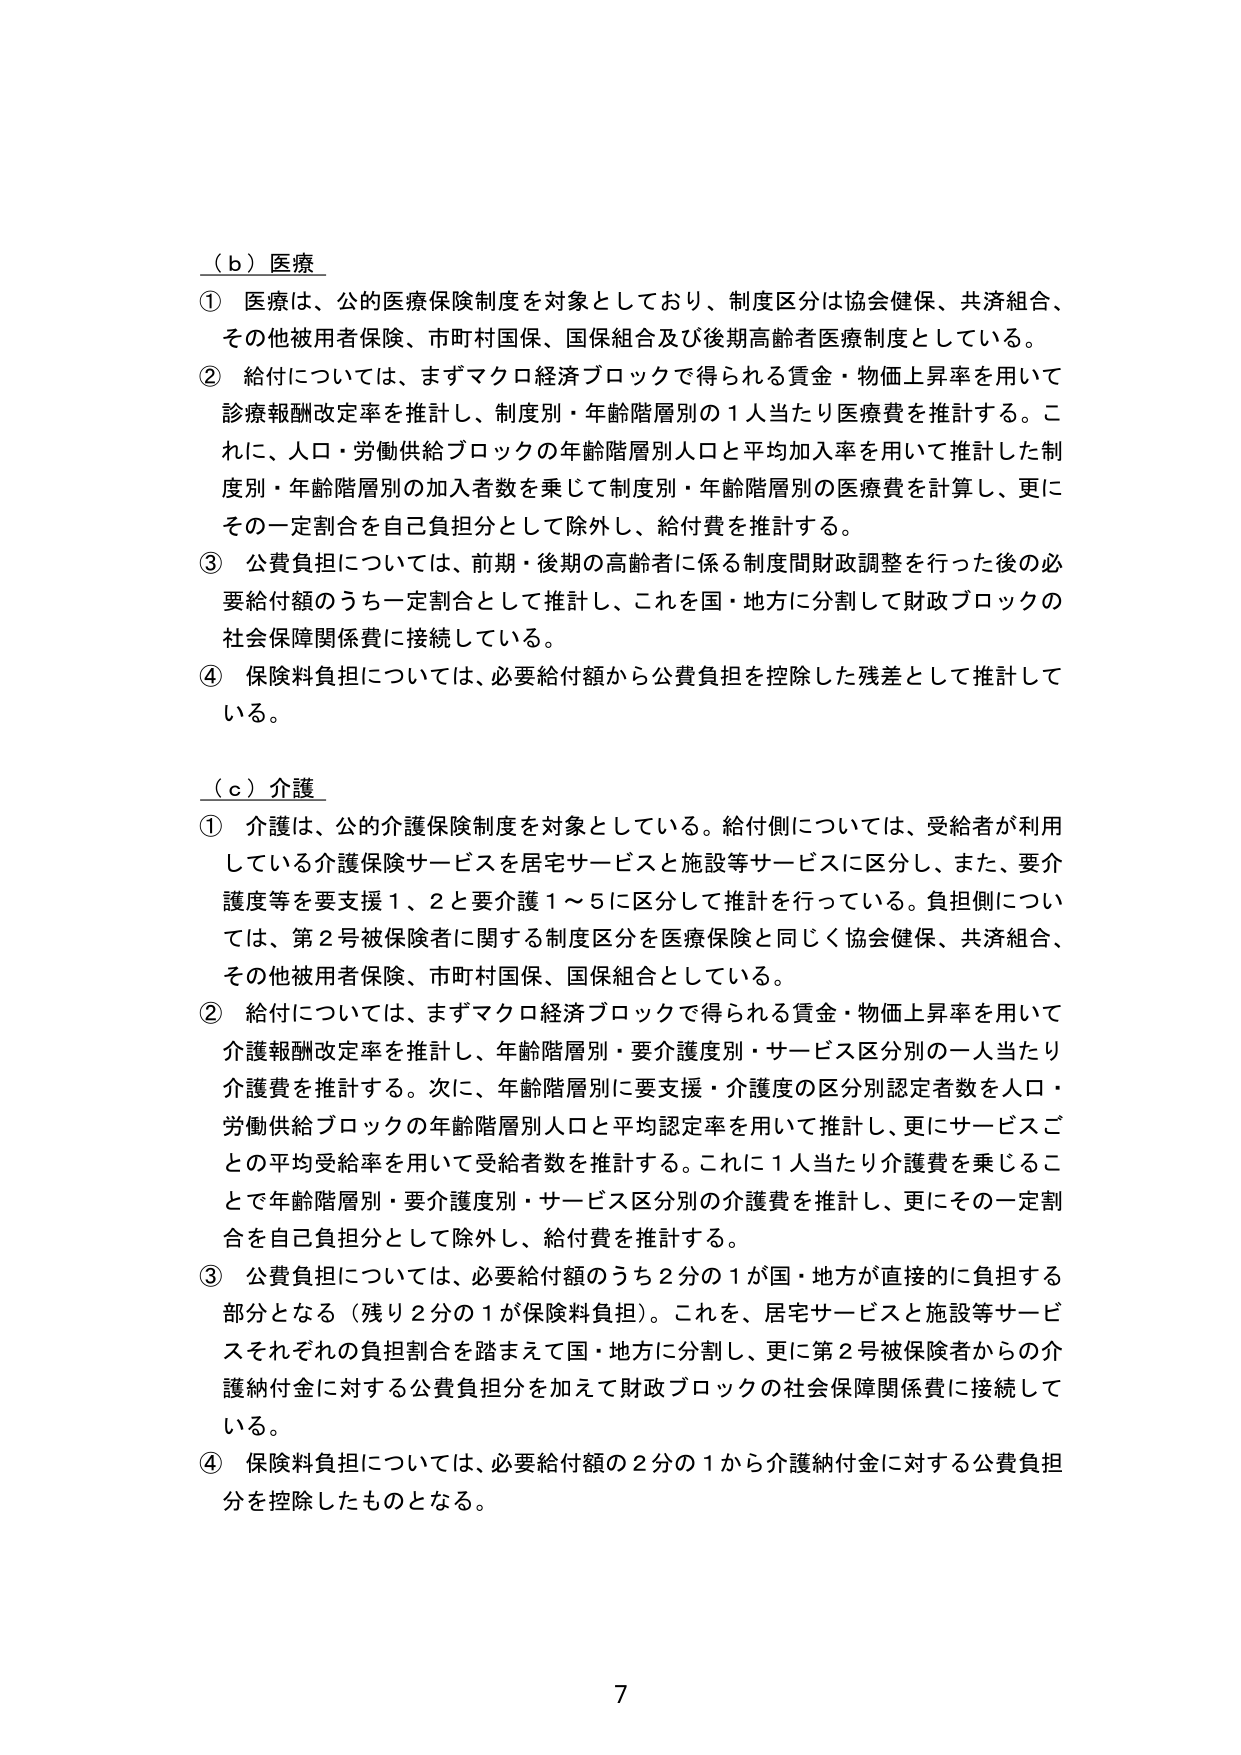
（ｂ）医療
① 医療は、公的医療保険制度を対象としており、制度区分は協会健保、共済組合、その他被用者保険、市町村国保、国保組合及び後期高齢者医療制度としている。
② 給付については、まずマクロ経済ブロックで得られる賃金・物価上昇率を用いて診療報酬改定率を推計し、制度別・年齢階層別の１人当たり医療費を推計する。これに、人口・労働供給ブロックの年齢階層別人口と平均加入率を用いて推計した制度別・年齢階層別の加入者数を乗じて制度別・年齢階層別の医療費を計算し、更にその一定割合を自己負担分として除外し、給付費を推計する。
③ 公費負担については、前期・後期の高齢者に係る制度間財政調整を行った後の必要給付額のうち一定割合として推計し、これを国・地方に分割して財政ブロックの社会保障関係費に接続している。
④ 保険料負担については、必要給付額から公費負担を控除した残差として推計している。

（ｃ）介護
① 介護は、公的介護保険制度を対象としている。給付側については、受給者が利用している介護保険サービスを居宅サービスと施設等サービスに区分し、また、要介護度等を要支援１、２と要介護１～５に区分して推計を行っている。負担側については、第２号被保険者に関する制度区分を医療保険と同じく協会健保、共済組合、その他被用者保険、市町村国保、国保組合としている。
② 給付については、まずマクロ経済ブロックで得られる賃金・物価上昇率を用いて介護報酬改定率を推計し、年齢階層別・要介護度別・サービス区別の一 人当たり介護費を推計する。次に、年齢階層別に要支援・介護度の区分別認定者数を人口・労働供給ブロックの年齢階層別人口と平均認定率を用いて推計し、更にサービスごとの平均受給率を用いて受給者数を推計する。これに１人当たり介護費を乗じることで年齢階層別・要介護度別・サービス区別 の介護費を推計し、更にその一定割合を自己負担分として除外し、給付費を推計する。
③ 公費負担については、必要給付額のうち２分の１が国・地方が直接的に負担する部分となる（残り２分の１が保険料負担）。これを、居宅サービスと施設等サービスそれぞれの負担割合を踏まえて国・地方に分割し、更に第２号被保険者からの介護納付金に対する公費負担分を加えて財政ブロックの社会保障関係費に接続している。
④ 保険料負担については、必要給付額の２分の１から介護納付金に対する公費負担分を控除したものとなる。

7